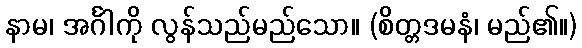
နာမ၊ အင်္ဂါကို လွန်သည်မည်သော။ (စိတ္တဒမနံ၊ မည်၏။)